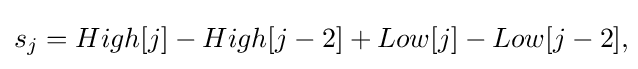
s_{j}=High[j]-High[j-2]+Low[j]-Low[j-2],\!